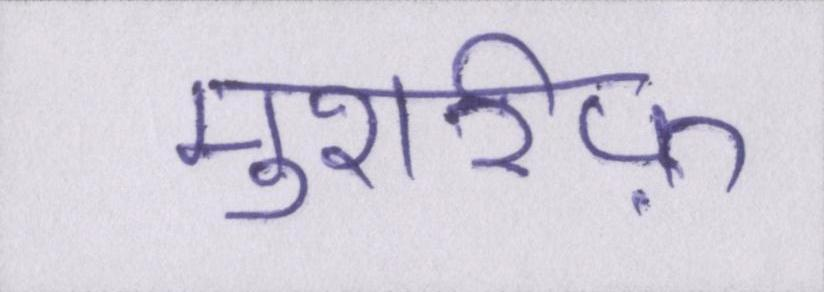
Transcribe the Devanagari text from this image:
मुशर्रफ़